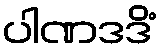
ပါဏဒဒိံ